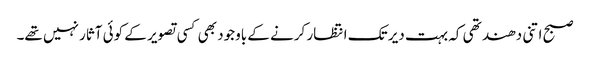
صبح اتنی دھند تھی کہ بہت دیر تک انتظار کرنے کے باوجود بھی کسی تصویر کے کوئی آثار نہیں تھے۔